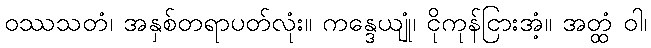
ဝဿသတံ၊ အနှစ်တရာပတ်လုံး။ ကန္ဒေယျုံ၊ ငိုကုန်ငြားအံ့။ အတ္ထံ ဝါ၊